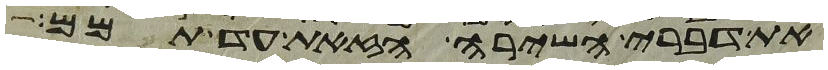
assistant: את דברי השירה הזאת עד תמם